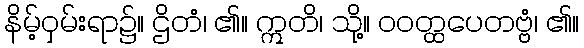
နိမ့်ဝှမ်းရာ၌။ ဌိတံ၊ ၏။ ဣတိ၊ သို့။ ဝဝတ္ထပေတဗ္ဗံ၊ ၏။